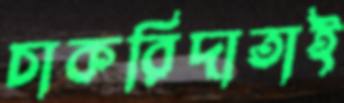
চাকরিদাতাই